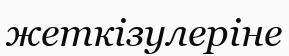
жеткізулеріне